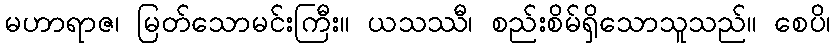
မဟာရာဇ၊ မြတ်သောမင်းကြီး။ ယသဿီ၊ စည်းစိမ်ရှိသောသူသည်။ စေပိ၊